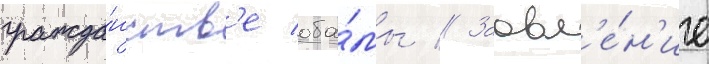
гражда́нств'е оба́мы // Заавл'е́н'ие